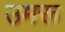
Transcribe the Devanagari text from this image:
उमरू